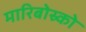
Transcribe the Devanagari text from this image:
मारिबोस्र्को